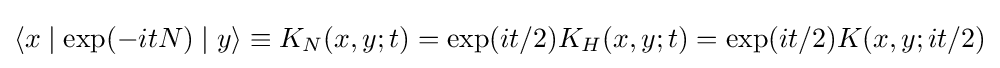
\langle x\mid \exp(-itN)\mid y\rangle \equiv K_{N}(x,y;t)=\exp(it/2)K_{H}(x,y;t)=\exp(it/2)K(x,y;it/2)